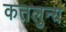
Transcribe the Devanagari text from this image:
कतलुन्य